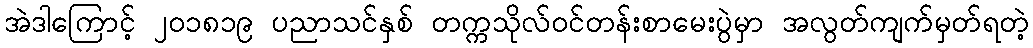
အဲဒါကြောင့် ၂၀၁၈၁၉ ပညာသင်နှစ် တက္ကသိုလ်ဝင်တန်းစာမေးပွဲမှာ အလွတ်ကျက်မှတ်ရတဲ့